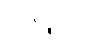
အနိပ္ဖလာ